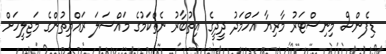
ޑިފެންސް މިނިސްޓަރު މާރިޔާ އަހްމަދު ދީދީގެ އިތުބާރު ނެތްކަމުގެ މައްސަލަ ރައްޔިތުންގެ މަޖިލީހަށް